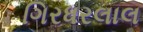
ગિરધરલાલ